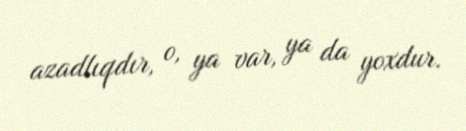
azadlıqdır, o, ya var, ya da yoxdur.